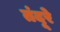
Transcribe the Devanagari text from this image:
तंदूरे